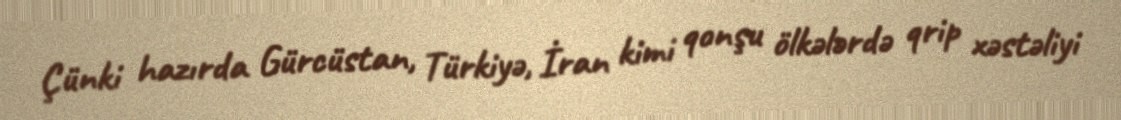
Çünki hazırda Gürcüstan, Türkiyə, İran kimi qonşu ölkələrdə qrip xəstəliyi